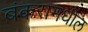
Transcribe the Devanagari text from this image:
बंकरामधील